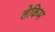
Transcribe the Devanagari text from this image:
लेकिम